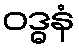
ဝဒ္ဓနံ